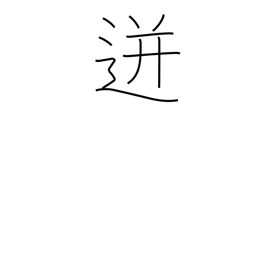
Meaning: spurt